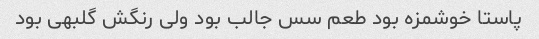
پاستا خوشمزه بود طعم سس جالب بود ولی رنگش گلبهی بود